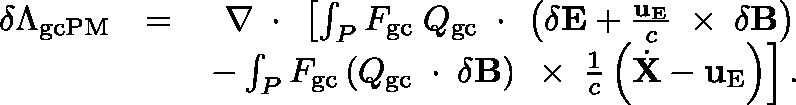
\begin{array} { r l r } { \delta \Lambda _ { \mathrm { g c P M } } } & { = } & { \nabla \, \mathrm { \boldmath ~ \cdot ~ } \, \left[ \int _ { P } F _ { \mathrm { g c } } \; \mathbb { Q } _ { \mathrm { g c } } \, \mathrm { \boldmath ~ \cdot ~ } \, \left( \delta { \bf E } + \frac { { \bf u } _ { \mathrm { E } } } { c } \, \mathrm { \boldmath ~ \times ~ } \, \delta { \bf B } \right) \right. } \\ & { } & { \left. - \int _ { P } F _ { \mathrm { g c } } \left( \mathbb { Q } _ { \mathrm { g c } } \, \mathrm { \boldmath ~ \cdot ~ } \, \delta { \bf B } \right) \, \mathrm { \boldmath ~ \times ~ } \, \frac { 1 } { c } \left( \dot { \bf X } - { \bf u } _ { \mathrm { E } } \right) \right] . } \end{array}